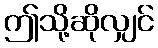
ဤသို့ဆိုလျှင်